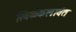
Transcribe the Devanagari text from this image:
खिळेकलावंत